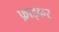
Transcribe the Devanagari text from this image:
फ़ाड़कर